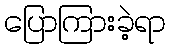
ပြောကြားခဲ့ရာ